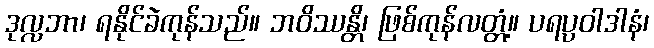
ဒုလ္လဘာ၊ ရနိုင်ခဲကုန်သည်။ ဘဝိဿန္တိ၊ ဖြစ်ကုန်လတ္တံ့။ ပရပ္ပဝါဒါနံ၊